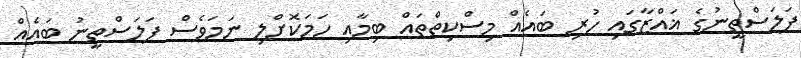
ފަލަސްތީނުގެ ޣައްޒާގައި ހުރި ބައެއް މިސްކިތްތައް ބިމާއި ހަމަކޮށްލި ނަމަވެސް ފަލަސްތީނު ބައެއް